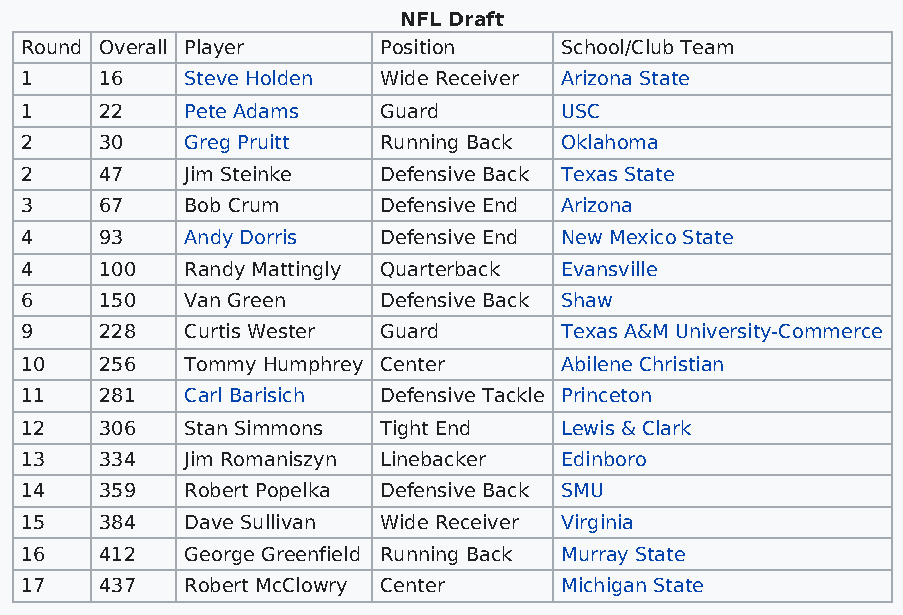
NFL Draft
 Round Overall Player    Position    School/Club Team
 1     16   Steve Holden Wide Receiver Arizona State
 1     22   Pete Adams   Guard       USC
 2     30   Greg Pruitt  Running Back Oklahoma
 2     47   Jim Steinke  Defensive Back Texas State
 3     67   Bob Crum     Defensive End Arizona
 4     93   Andy Dorris  Defensive End New Mexico State
 4     100  Randy Mattingly Quarterback Evansville
 6     150  Van Green    Defensive Back Shaw
 9     228  Curtis Wester Guard      Texas A&M University-Commerce
 10    256  Tommy Humphrey Center    Abilene Christian
 11    281  Carl Barisich Defensive Tackle Princeton
 12    306  Stan Simmons Tight End   Lewis & Clark
 13    334  Jim Romaniszyn Linebacker Edinboro
 14    359  Robert Popelka Defensive Back SMU
 15    384  Dave Sullivan Wide Receiver Virginia
 16    412  George Greenfield Running Back Murray State
 17    437  Robert McClowry Center   Michigan State